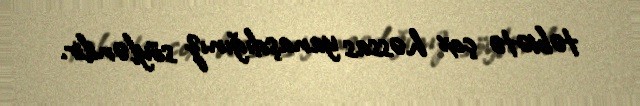
təbiətə çox həssas yanaşdığınız söylənilir.